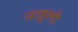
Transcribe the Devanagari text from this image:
नरहुली